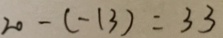
2 0 - ( - 1 3 ) = 3 3